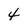
Character: 4